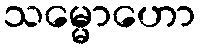
သမ္မောဟော